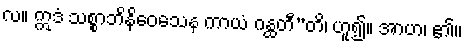
လ။ ဣဒံ သစ္စာဘိနိဝေသေန ကာယံ ဂန္ထတီ”တိ၊ ဟူ၍။ အာဟ၊ ၏။